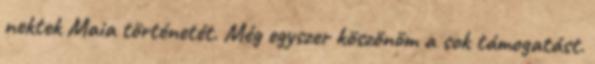
nektek Maia történetét. Még egyszer köszönöm a sok támogatást.